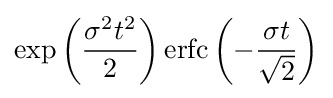
\exp \left({\frac {\sigma ^{2}t^{2}}{2}}\right)\operatorname {erfc} \left(-{\frac {\sigma t}{\sqrt {2}}}\right)